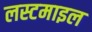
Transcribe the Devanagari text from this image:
लस्टमाइल